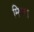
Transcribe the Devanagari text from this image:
मिफ्थ